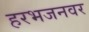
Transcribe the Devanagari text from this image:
हरभजनवर